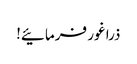
ذرا غور فرمائیے!